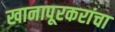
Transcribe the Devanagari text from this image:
खानापूरकरांचा